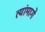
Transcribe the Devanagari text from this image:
त्यांमागे